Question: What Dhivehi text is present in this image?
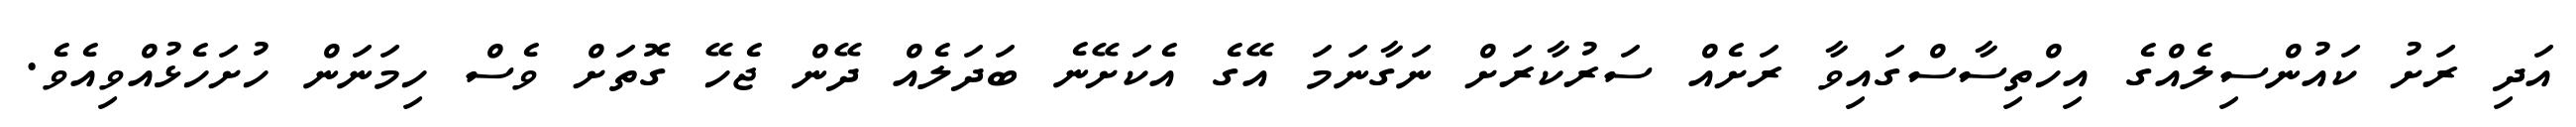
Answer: އަދި ރަށު ކައުންސިލެއްގެ އިހްތިސާސްގައިވާ ރަށެއް ސަރުކާރަށް ނަގާނަމަ އޭގެ އެކަށޭނެ ބަދަލެއް ދޭން ޖެހޭ ގޮތަށް ވެސް ހިމަނަން ހުށަހެޅުއްވިއެވެ.